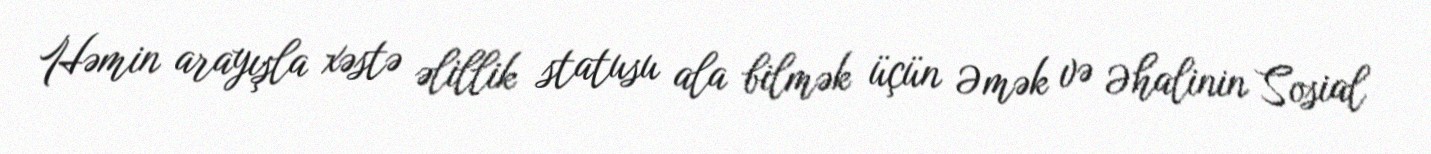
Həmin arayışla xəstə əlillik statusu ala bilmək üçün Əmək və Əhalinin Sosial